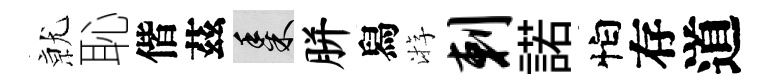
𭕒恥偕茲黍胼舄㳺剌諾怕存道